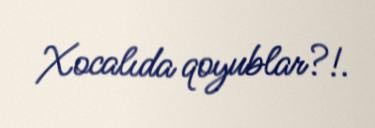
Xocalıda qoyublar?!.